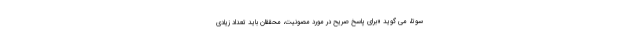
سوتا، می گوید «برای پاسخ صریح در مورد مصونیت، محققان باید تعداد زیادی